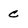
Character: c